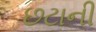
છટાની